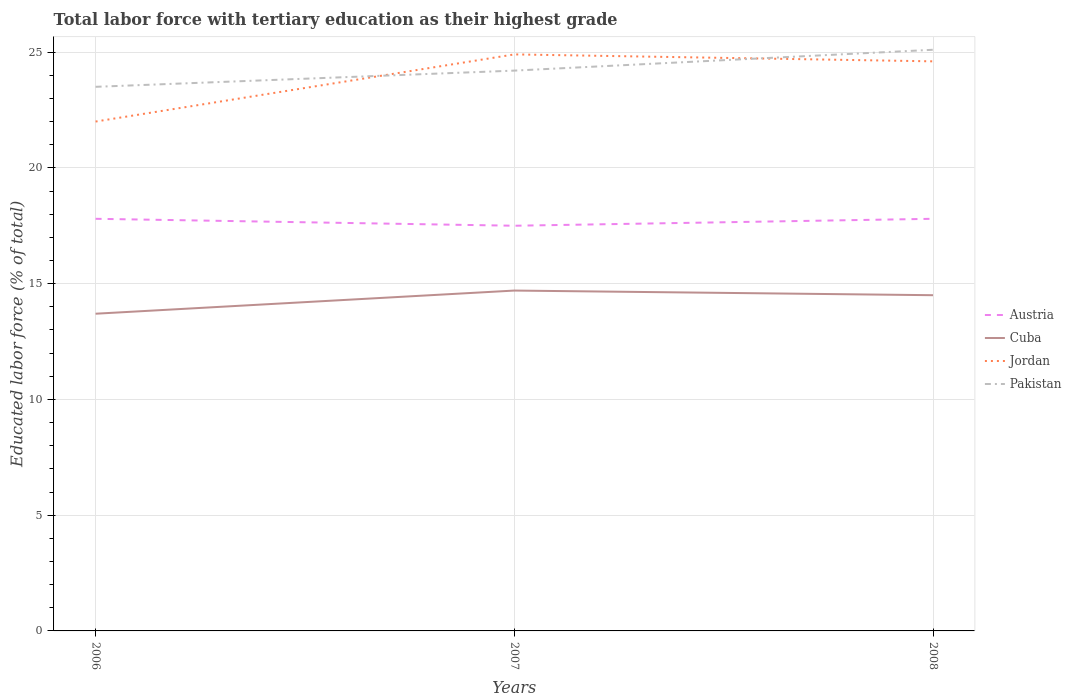
| Years | Austria | Cuba | Jordan | Pakistan |
 | --- | --- | --- | --- | --- |
 | 2006 | 17.8 | 13.7 | 22 | 23.5 |
 | 2007 | 17.5 | 14.7 | 24.9 | 24.2 |
 | 2008 | 17.8 | 14.5 | 24.6 | 25.1 |